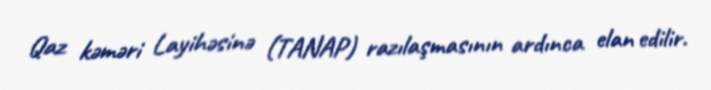
Qaz kəməri Layihəsinə (TANAP) razılaşmasının ardınca elan edilir.